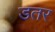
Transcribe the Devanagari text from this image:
डतर